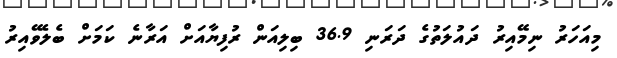
މިއަހަރު ނިމޭއިރު ދައުލަތުގެ ދަރަނި 36.9 ބިލިއަން ރުފިޔާއަށް އަރާނެ ކަމަށް ބެލެވޭއިރު